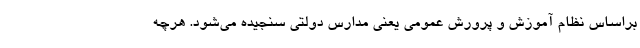
براساس نظام آموزش و پرورش عمومی یعنی مدارس دولتی سنجیده می‌شود. هرچه